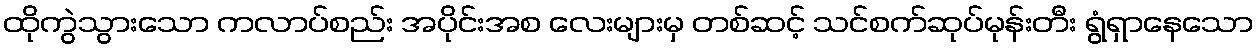
ထိုကွဲသွားသော ကလာပ်စည်း အပိုင်းအစ လေးများမှ တစ်ဆင့် သင်စက်ဆုပ်မုန်းတီး ရွံရှာနေသော